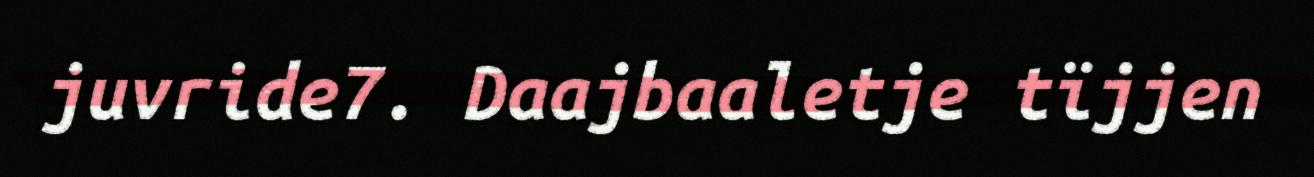
juvride7. Daajbaaletje tïjjen